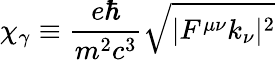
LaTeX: \chi_{\gamma}\equiv\frac{e\hbar}{m^{2}c^{3}}\sqrt{|F^{\mu\nu}k_{\nu}|^{2}}